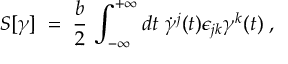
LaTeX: S [ \gamma ] \; = \; \frac { b } { 2 } \, \int _ { - \infty } ^ { + \infty } d t \; { \dot { \gamma } } ^ { j } ( t ) \epsilon _ { j k } \gamma ^ { k } ( t ) \; ,